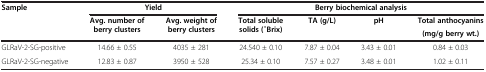
| <ROWSPAN=3> Sample | <COLSPAN=2> Yield | <COLSPAN=4> Berry biochemical analysis |
 | <ROWSPAN=2> Avg. number of berry clusters | <ROWSPAN=2> Avg. weight of berry clusters | <ROWSPAN=2> Total soluble solids( ̊Brix) | <ROWSPAN=2> TA (g/L) | <ROWSPAN=2> pH | Total anthocyanins |
 | (mg/g berry wt.) |
 | --- | --- | --- | --- | --- | --- | --- |
 | GLRaV-2-SG-positive | 14.66 ± 0.55 | 4035 ± 281 | 24.540 ± 0.10 | 7.87 ± 0.04 | 3.43 ± 0.01 | 0.84 ± 0.03 |
 | GLRaV-2-SG-negative | 12.83 ± 0.87 | 3950 ± 528 | 25.34 ± 0.10 | 7.57 ± 0.27 | 3.48 ± 0.01 | 1.02 ± 0.11 |